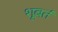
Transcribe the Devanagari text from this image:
शूबर्त